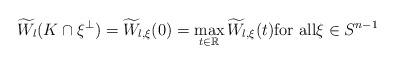
LaTeX: \begin{align*}\widetilde{W}_l(K\cap\xi^\perp) = \widetilde{W}_{l,\xi} (0)= \max_{t\in\mathbb{R}} \widetilde{W}_{l,\xi}(t) \mbox{for all} \xi\in S^{n-1} \end{align*}